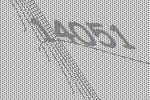
14051